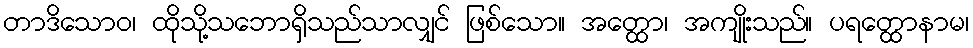
တာဒိသောဝ၊ ထိုသို့သဘောရှိသည်သာလျှင် ဖြစ်သော။ အတ္ထော၊ အကျိုးသည်။ ပရတ္ထောနာမ၊